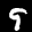
Label: 9